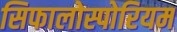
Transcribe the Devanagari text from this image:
सिफालोस्पोरियम